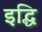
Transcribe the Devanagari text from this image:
इद्धि